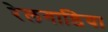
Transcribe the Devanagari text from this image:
रेलगाडिया